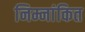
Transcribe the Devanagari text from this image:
निम्नांकित